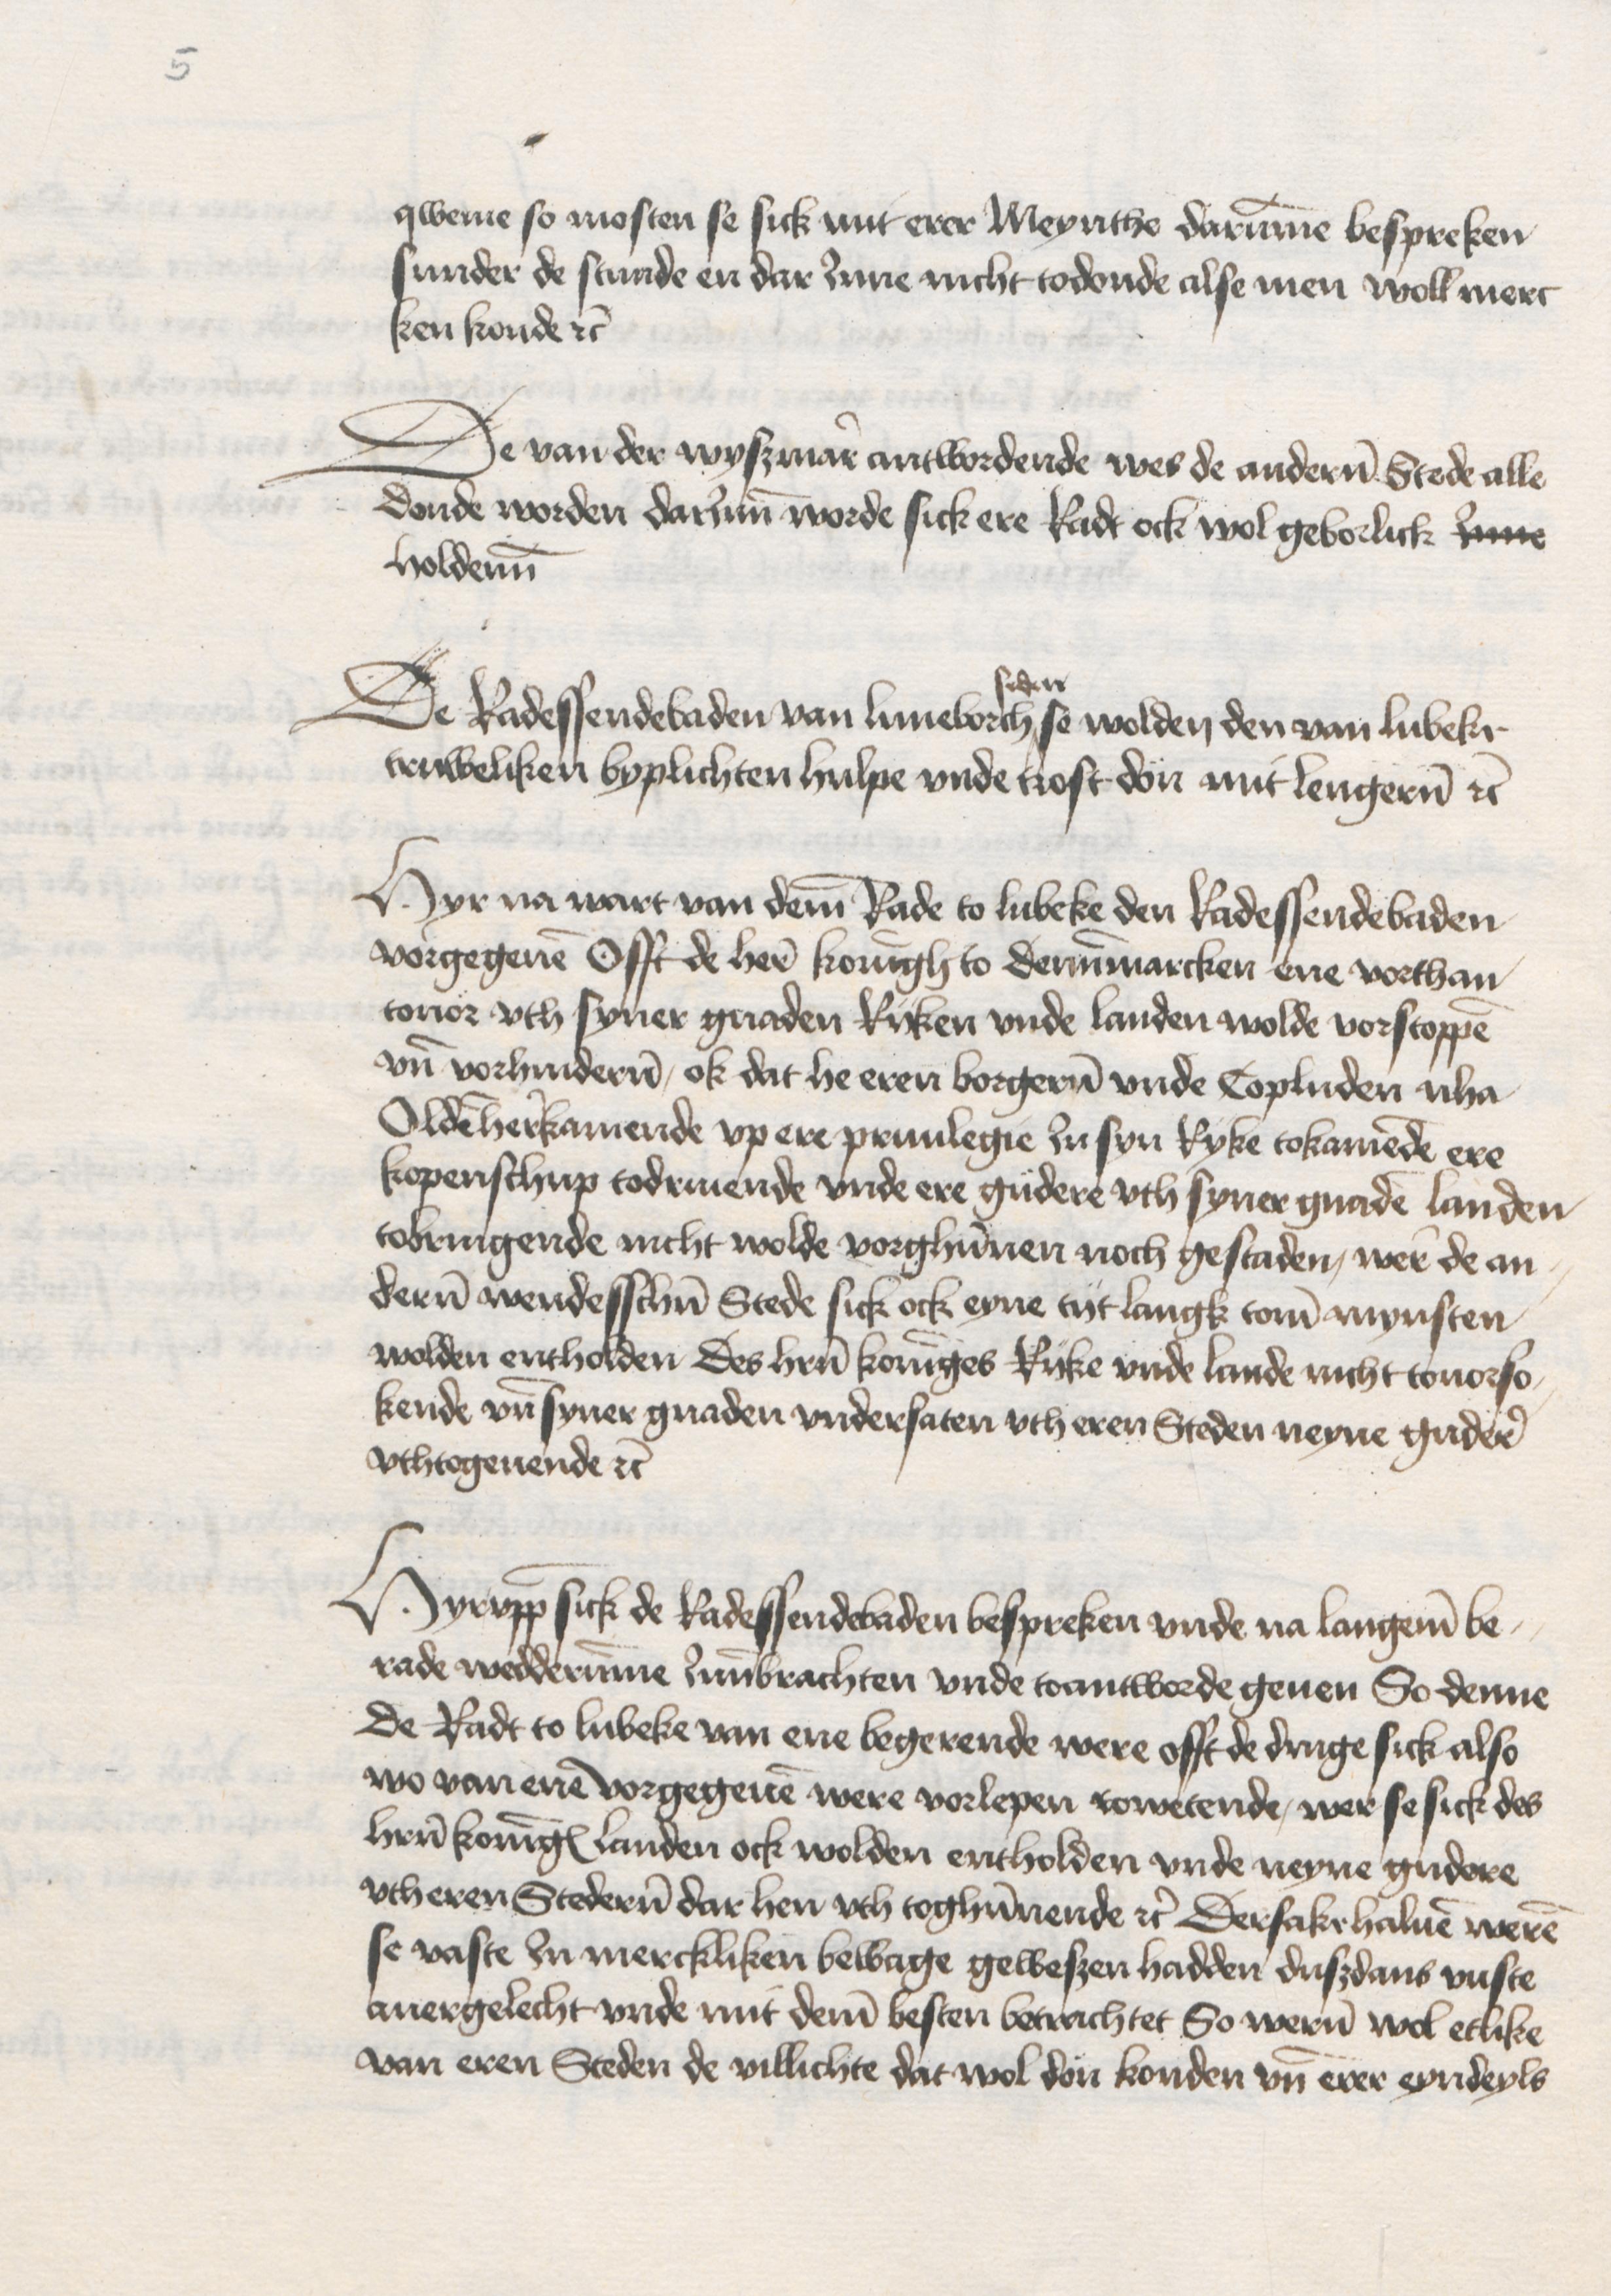
qweme so mosten se sick mit erer Meynthe darumme bespreken
sunder de stunde en dar Jnne nicht todonde alse men woll merc¬
ken konde etc

De van der Wyszmare antwordende wes de andernn Stede alle
donde worden darumme worde sick ere Radt ock wol geborlick Inne
holdenn

seden
De Radessendebaden van Luneborch ^ se wolden den van Lubeke
truweliken byplichten hulpe vnde trost dön mmit lengeren etc

Hyr na wart van deme Rade to Lubeke den Radessendebaden
vorgegeuen Offt de here koningh to Dennemarcken ene vorthan
touor vth syner gnaden Riiken vnde landen wolde vorstoppen
vnde vorhinderen, ok dat he eren borgeren vnde Copluden nha
Olden herkamende vp ere priuilegie Jn syn Ryke tokamende ere
kopenschup todriuende vnde ere güdere vth syner gnade landen
tobringende nicht wolde vorghunnen noch gestaden, were de an¬
deren wendesschen Stede sick ock eyne tijt langk tome mynsten
wolden entholden Des heren koninges Rijke vnde lande nicht touorso¬
kende vnde syner gnaden vndersaten vth eren Steden neyne gudere
vthtogeuende etc

Hyrvpp sick de Radessendebaden bespreken vnde na langeme be¬
rade wedderumme Jnnebrachten vnde toantworde geuen So denne
de Radt to Lubeke van ene begerende were offt de druge sick also
wo van ene vorgegeuen were vorlepen towetende, wer se sick des
heren koninges Landen ock wolden entholden vnde neyne gudere
vth eren Stederen dar hen vth toghunnende etc Dersake haluen weren
se vaste In merckliken bewage geweszen hadden duszdans vuste
auergelecht vnde mit deme besten betrachtet So weren wol etlike
van eren Steden de villichte dat wol don konden vnde erer eyndeyls